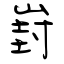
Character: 崶